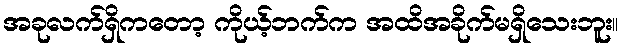
အခုလက်ရှိကတော့ ကိုယ့်ဘက်က အထိအခိုက်မရှိသေးဘူး။